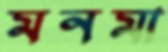
মনমা